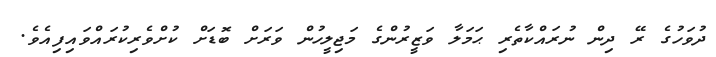
ދުވަހުގެ ރޭ ދިން ނުރައްކާތެރި ޙަމަލާ ވަޒީރުންގެ މަޖިލީހުން ވަރަށް ބޮޑަށް ކުށްވެރިކުރައްވައިފިއެވެ.